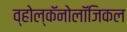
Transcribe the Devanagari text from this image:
व्होल्कॅनोलॉजिकल